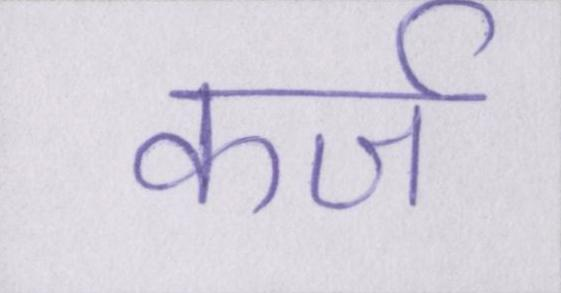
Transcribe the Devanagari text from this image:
कर्ज